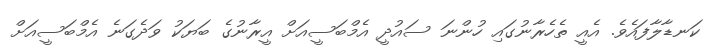
ކަނޑާލާފައެވެ. އެއީ ތެހެރާނުގައި ހުންނަ ސައުދީ އެމްބަސީއަށް އީރާނުގެ ބަޔަކު ވަދެގަނެ އެމްބަސީއަށް